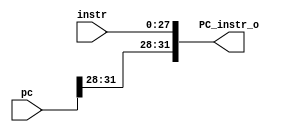
`timescale 1ns / 1ps
// 0516327
//////////////////////////////////////////////////////////////////////////////////
// Company: 
// Engineer: 
// 
// Design Name: 
// Module Name: PC_instr
// Project Name: 
// Target Devices: 
// Tool Versions: 
// Description: 
// 
// Dependencies: 
// 
// Revision:
// Revision 0.01 - File Created
// Additional Comments:
// 
//////////////////////////////////////////////////////////////////////////////////


module PC_instr(
	instr,
	pc,
	PC_instr_o
    );
input 	[27:0]	instr;
input	[31:0]	pc;
output	[31:0]	PC_instr_o;
	
assign PC_instr_o = {pc[31:28], instr[27:0]};
	
endmodule